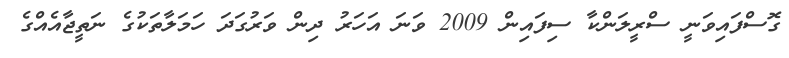
ގޮސްފައިވަނީ ސްރީލަންކާ ސިފައިން 2009 ވަނަ އަހަރު ދިން ވަރުގަދަ ހަމަލާތަކުގެ ނަތީޖާއެއްގެ